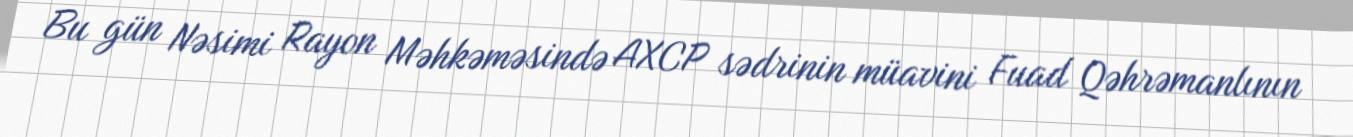
Bu gün Nəsimi Rayon Məhkəməsində AXCP sədrinin müavini Fuad Qəhrəmanlının